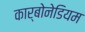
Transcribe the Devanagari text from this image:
कार्बोनेडियम